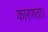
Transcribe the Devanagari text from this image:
कारणता।